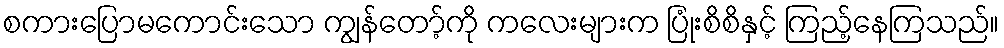
စကားပြောမကောင်းသော ကျွန်တော့်ကို ကလေးများက ပြုံးစိစိနှင့် ကြည့်နေကြသည်။